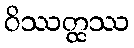
ဝိဿတ္ထဿ